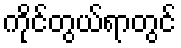
ကိုင်တွယ်ရာတွင်